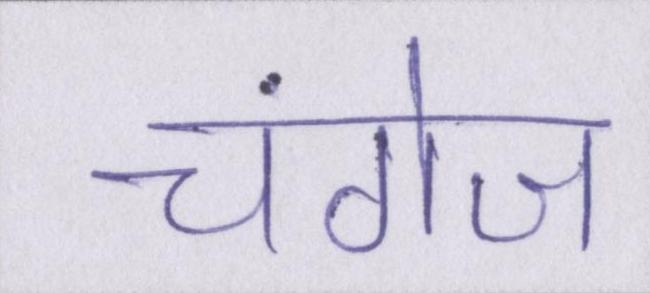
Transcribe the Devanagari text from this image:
चंगेज